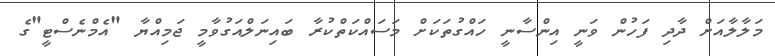
މަލާލާއަށް ދާދި ފަހުން ވަނީ އިންސާނީ ހައްގުތަކަށް މަސައްކަތްކުރާ ބައިނަލްއަގުވާމީ ޖަމިއްޔާ "އެމްނެސްޓީ"ގެ